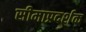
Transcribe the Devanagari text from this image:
सीमाप्रदर्शक